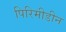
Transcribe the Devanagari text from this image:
पिरिमीडीन